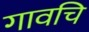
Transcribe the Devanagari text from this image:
गावचि